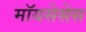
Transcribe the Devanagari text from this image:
मॉयसेसेस